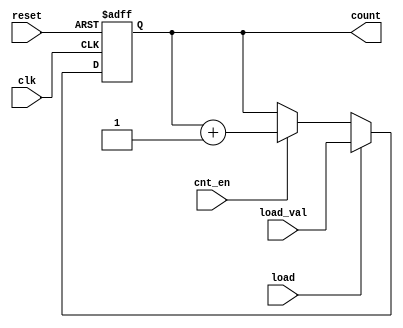
module synccntr3(clk,reset,cnt_en,load,load_val,count);
	input clk;
	input reset;
	input cnt_en;
	input load;
	input [2:0] load_val;
	output [2:0] count;
	reg [2:0] count;
	
	always@(posedge clk or posedge reset) begin
		if(reset) 
			count <= 3'b000;
		else if (load) 
			count <= load_val;
		else if (cnt_en) 
			count <= count + "001"; 
	end
endmodule